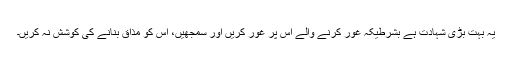
یہ بہت بڑی شہادت ہے بشرطیکہ غور کرنے والے اس پر غور کریں اور سمجھیں، اس کو مذاق بنانے کی کوشش نہ کریں۔